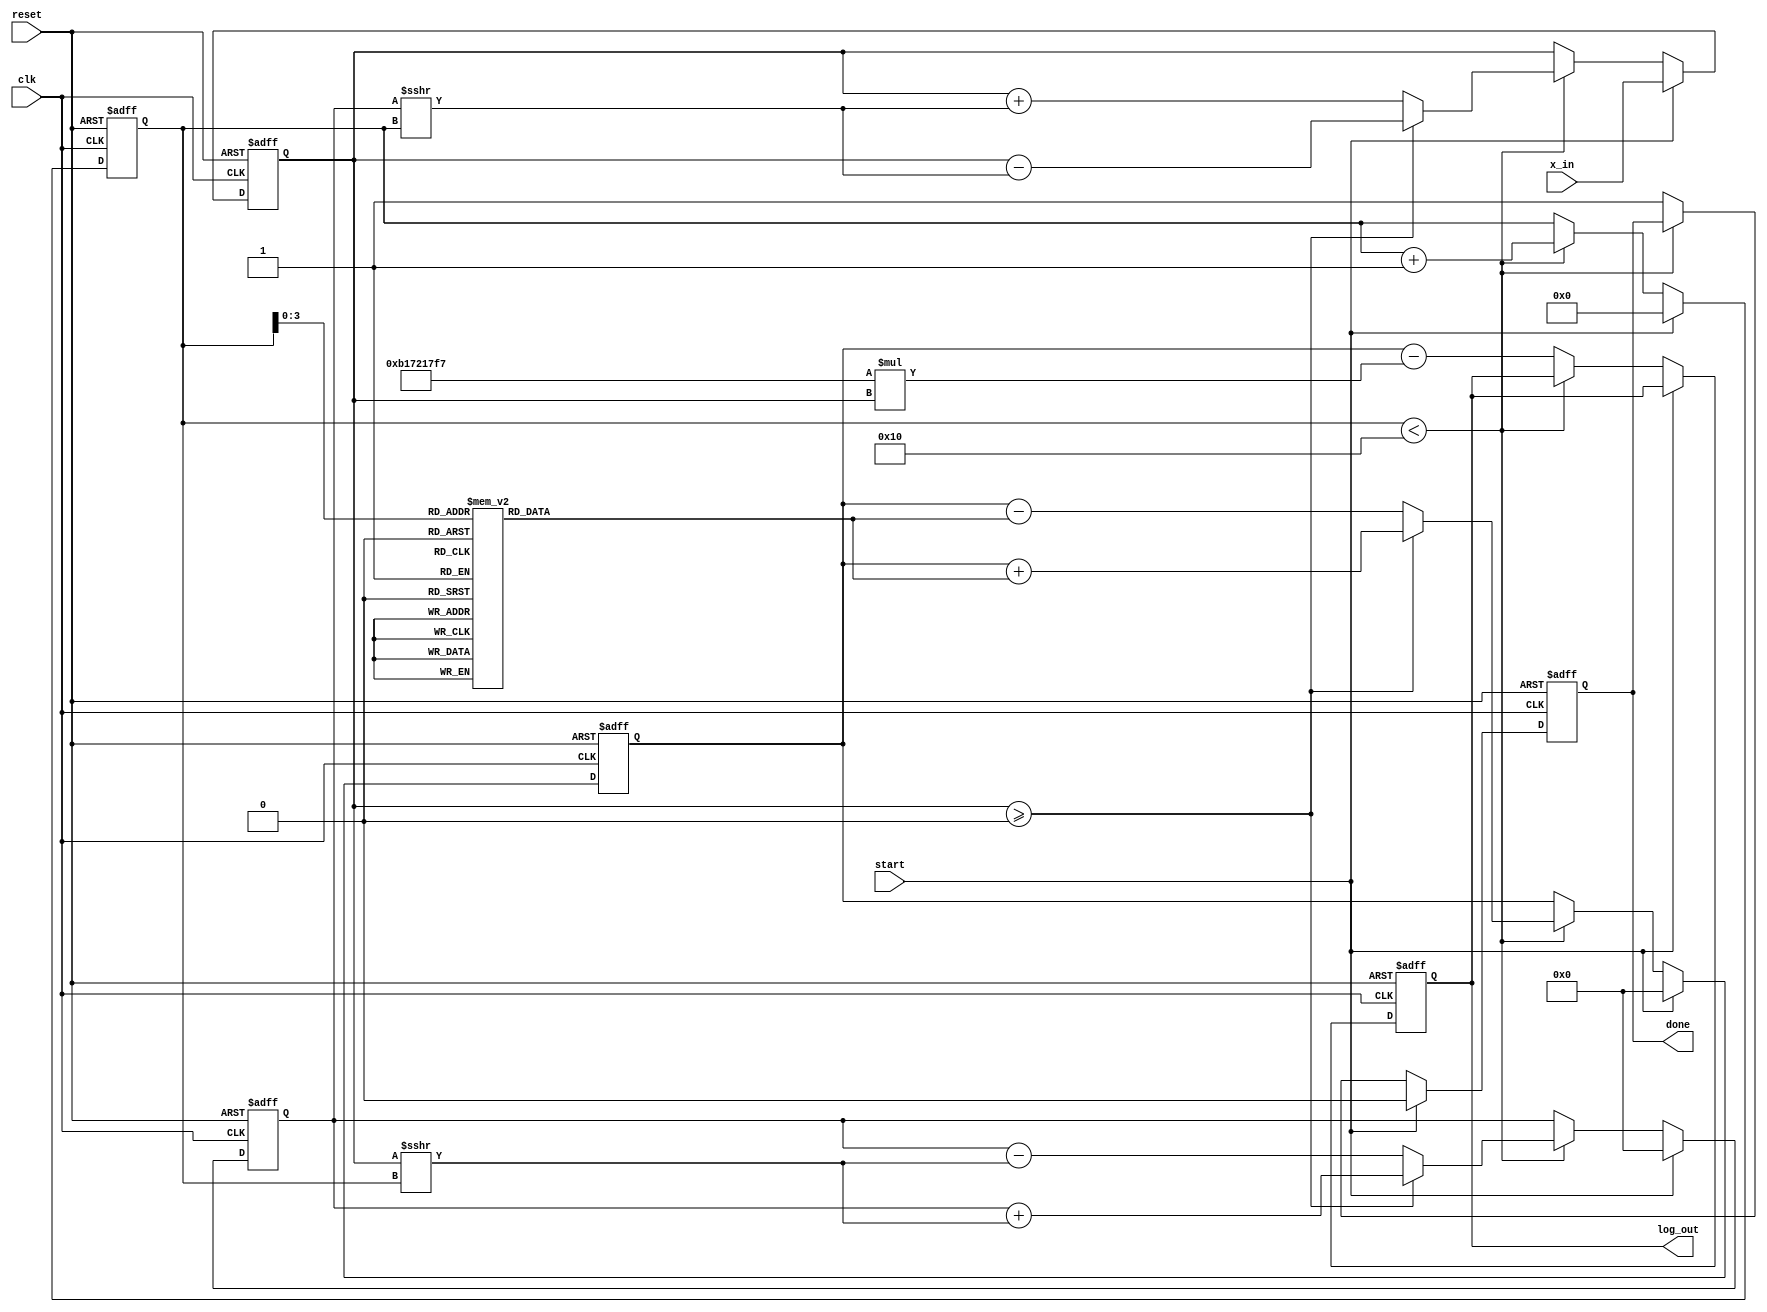
module cordic_logarithm (
    input wire clk,
    input wire reset,
    input wire start,
    input wire [31:0] x_in,  // Input: positive floating-point number
    output reg [31:0] log_out, // Output: computed natural logarithm
    output reg done // Status signal indicating completion
);

    parameter NUM_ITERATIONS = 16; // Number of CORDIC iterations
    parameter CORDIC_GAIN = 32'hB17217F7; // CORDIC gain for scaling factor (approx. 0.607)
    
    reg [31:0] x; // Input value
    reg [31:0] y; // Intermediate value
    reg [31:0] z; // Angle accumulator
    reg [4:0] iteration; // Iteration counter
    reg [31:0] atan_table [0:NUM_ITERATIONS-1]; // Lookup table for arctangent values

    // Pre-compute arctangent values for CORDIC
    initial begin
        atan_table[0] = 32'h00000000; // atan(0)
        atan_table[1] = 32'h3243F6A9; // atan(1/2^1)
        atan_table[2] = 32'h1DAC6702; // atan(1/2^2)
        atan_table[3] = 32'h0FAF3B7E; // atan(1/2^3)
        atan_table[4] = 32'h07A9C8F5; // atan(1/2^4)
        // Fill in the remaining values...
        // atan_table[5] = ...
        // ...
        atan_table[15] = 32'h00000001; // atan(1/2^15)
    end

    // State machine for CORDIC computation
    always @(posedge clk or posedge reset) begin
        if (reset) begin
            x <= 0;
            y <= 0;
            z <= 0;
            iteration <= 0;
            log_out <= 0;
            done <= 0;
        end else if (start) begin
            // Initialize values
            x <= x_in; // Load input value
            y <= 0; // Start with y = 0
            z <= 0; // Start with angle = 0
            iteration <= 0; // Reset iteration counter
            done <= 0; // Reset done flag
        end else if (iteration < NUM_ITERATIONS) begin
            // CORDIC iteration logic
            if (x >= 0) begin
                // Counterclockwise rotation
                x <= x - (y >>> iteration);
                y <= y + (x >>> iteration);
                z <= z + atan_table[iteration];
            end else begin
                // Clockwise rotation
                x <= x + (y >>> iteration);
                y <= y - (x >>> iteration);
                z <= z - atan_table[iteration];
            end
            iteration <= iteration + 1; // Increment iteration counter
        end else begin
            // Final output calculation
            log_out <= z - (CORDIC_GAIN * x); // Apply scaling factor
            done <= 1; // Set done flag
        end
    end
endmodule